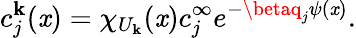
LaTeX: c_{j}^{\mathbf{k}}(\mathit{x})=\chi_{U_{\mathbf{k}}}(\mathit{x})c_{j}^{\infty}e^{-\betaq_{j}\psi(\mathit{x})}.